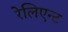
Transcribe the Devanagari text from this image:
रेलिएन्ट